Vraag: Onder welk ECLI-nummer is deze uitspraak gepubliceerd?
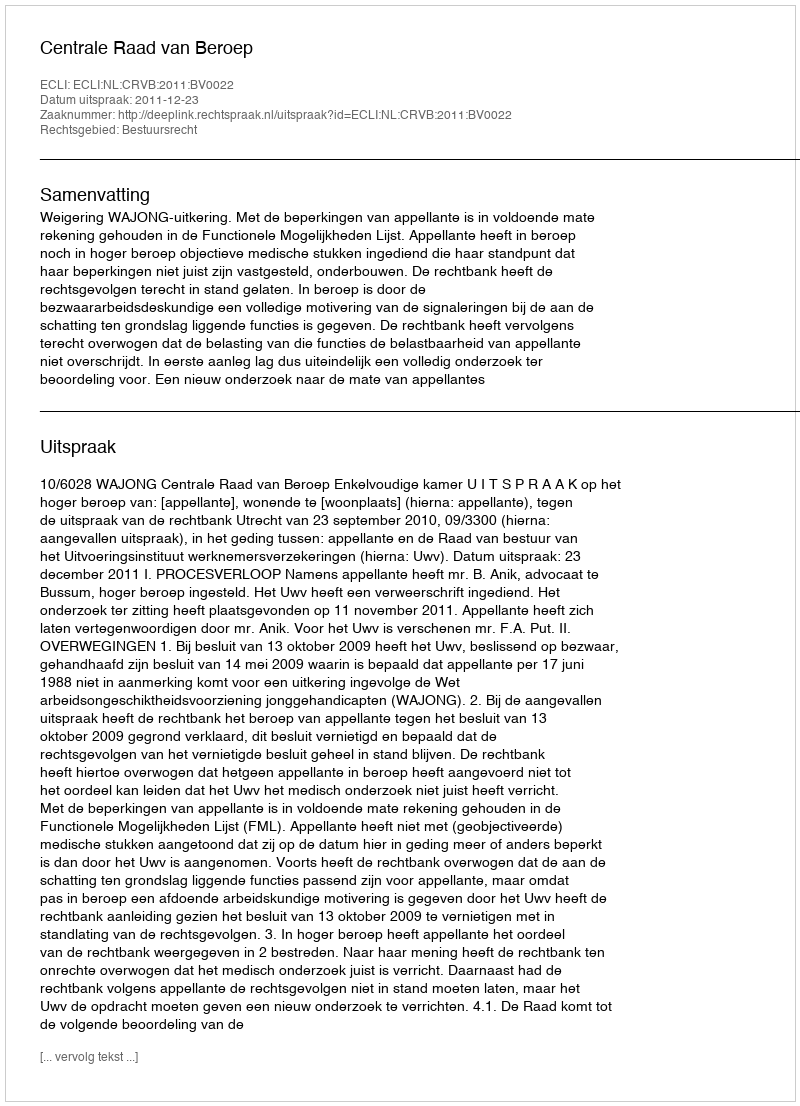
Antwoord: ECLI:NL:CRVB:2011:BV0022